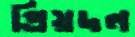
প্রিয়দল